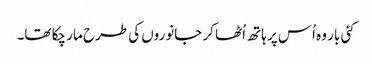
کئی بار وہ اُس پر ہاتھ اُٹھا کر جانوروں کی طرح مار چکا تھا۔